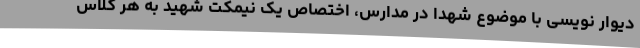
دیوار نویسی با موضوع شهدا در مدارس، اختصاص یک نیمکت شهید به هر کلاس